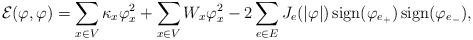
LaTeX: \begin{align*}\mathcal{E}(\varphi,\varphi)=\sum_{x\in V}\kappa_{x} \varphi_{x}^{2}+\sum_{x\in V}W_{x}\varphi_{x}^{2}-2\sum_{e\in E}J_e(\vert\varphi\vert) \operatorname{sign}(\varphi_{e_{+}})\operatorname{sign}(\varphi_{e_{-}}),\end{align*}